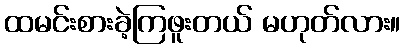
ထမင်းစားခဲ့ကြဖူးတယ် မဟုတ်လား။